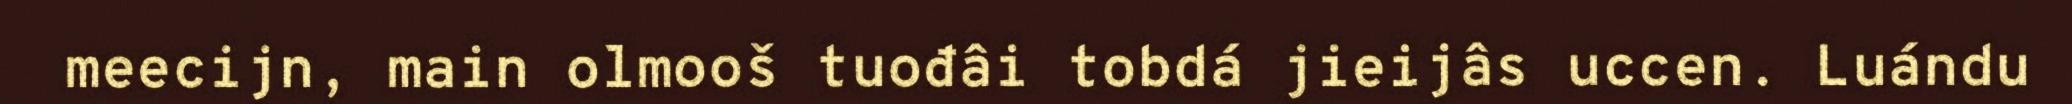
meecijn, main olmooš tuođâi tobdá jieijâs uccen. Luándu